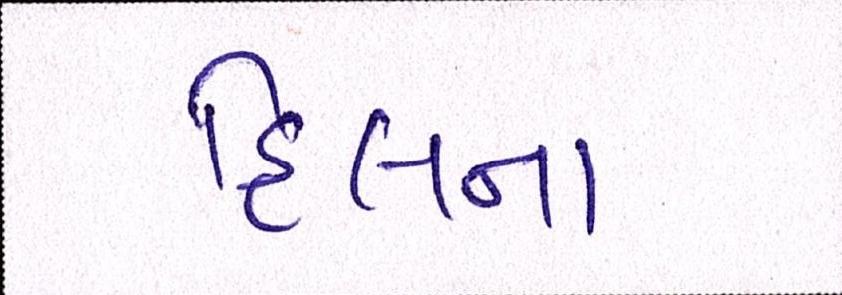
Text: હિલના